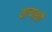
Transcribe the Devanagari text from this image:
वाऱ्याशी